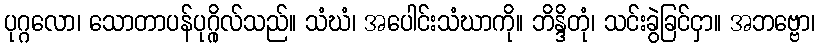
ပုဂ္ဂလော၊ သောတာပန်ပုဂ္ဂိုလ်သည်။ သံဃံ၊ အပေါင်းသံဃာကို။ ဘိန္ဒိတုံ၊ သင်းခွဲခြင်ငှာ။ အဘဗ္ဗော၊